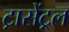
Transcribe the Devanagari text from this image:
ट्रासेंट्रल